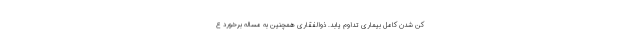
کن شدن کامل بیماری تداوم یابد. ذوالفقاری همچنین به مساله برخورد ع